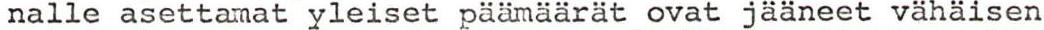
nalle asettamat yleiset päämäärät ovat jääneet vähäisen